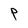
Character: P